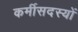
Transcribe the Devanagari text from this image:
कर्मीसदस्यों